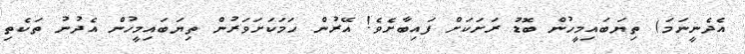
އެދެނީނަމަ) ތިޔަބައިމީހުން ބޮޑު ރަށަކަށް ފައިބާށެވެ! އޭރުން ހަމަކަށަވަރުން ތިޔަބައިމީހުން އެދުނު ތަކެތި